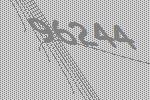
96244